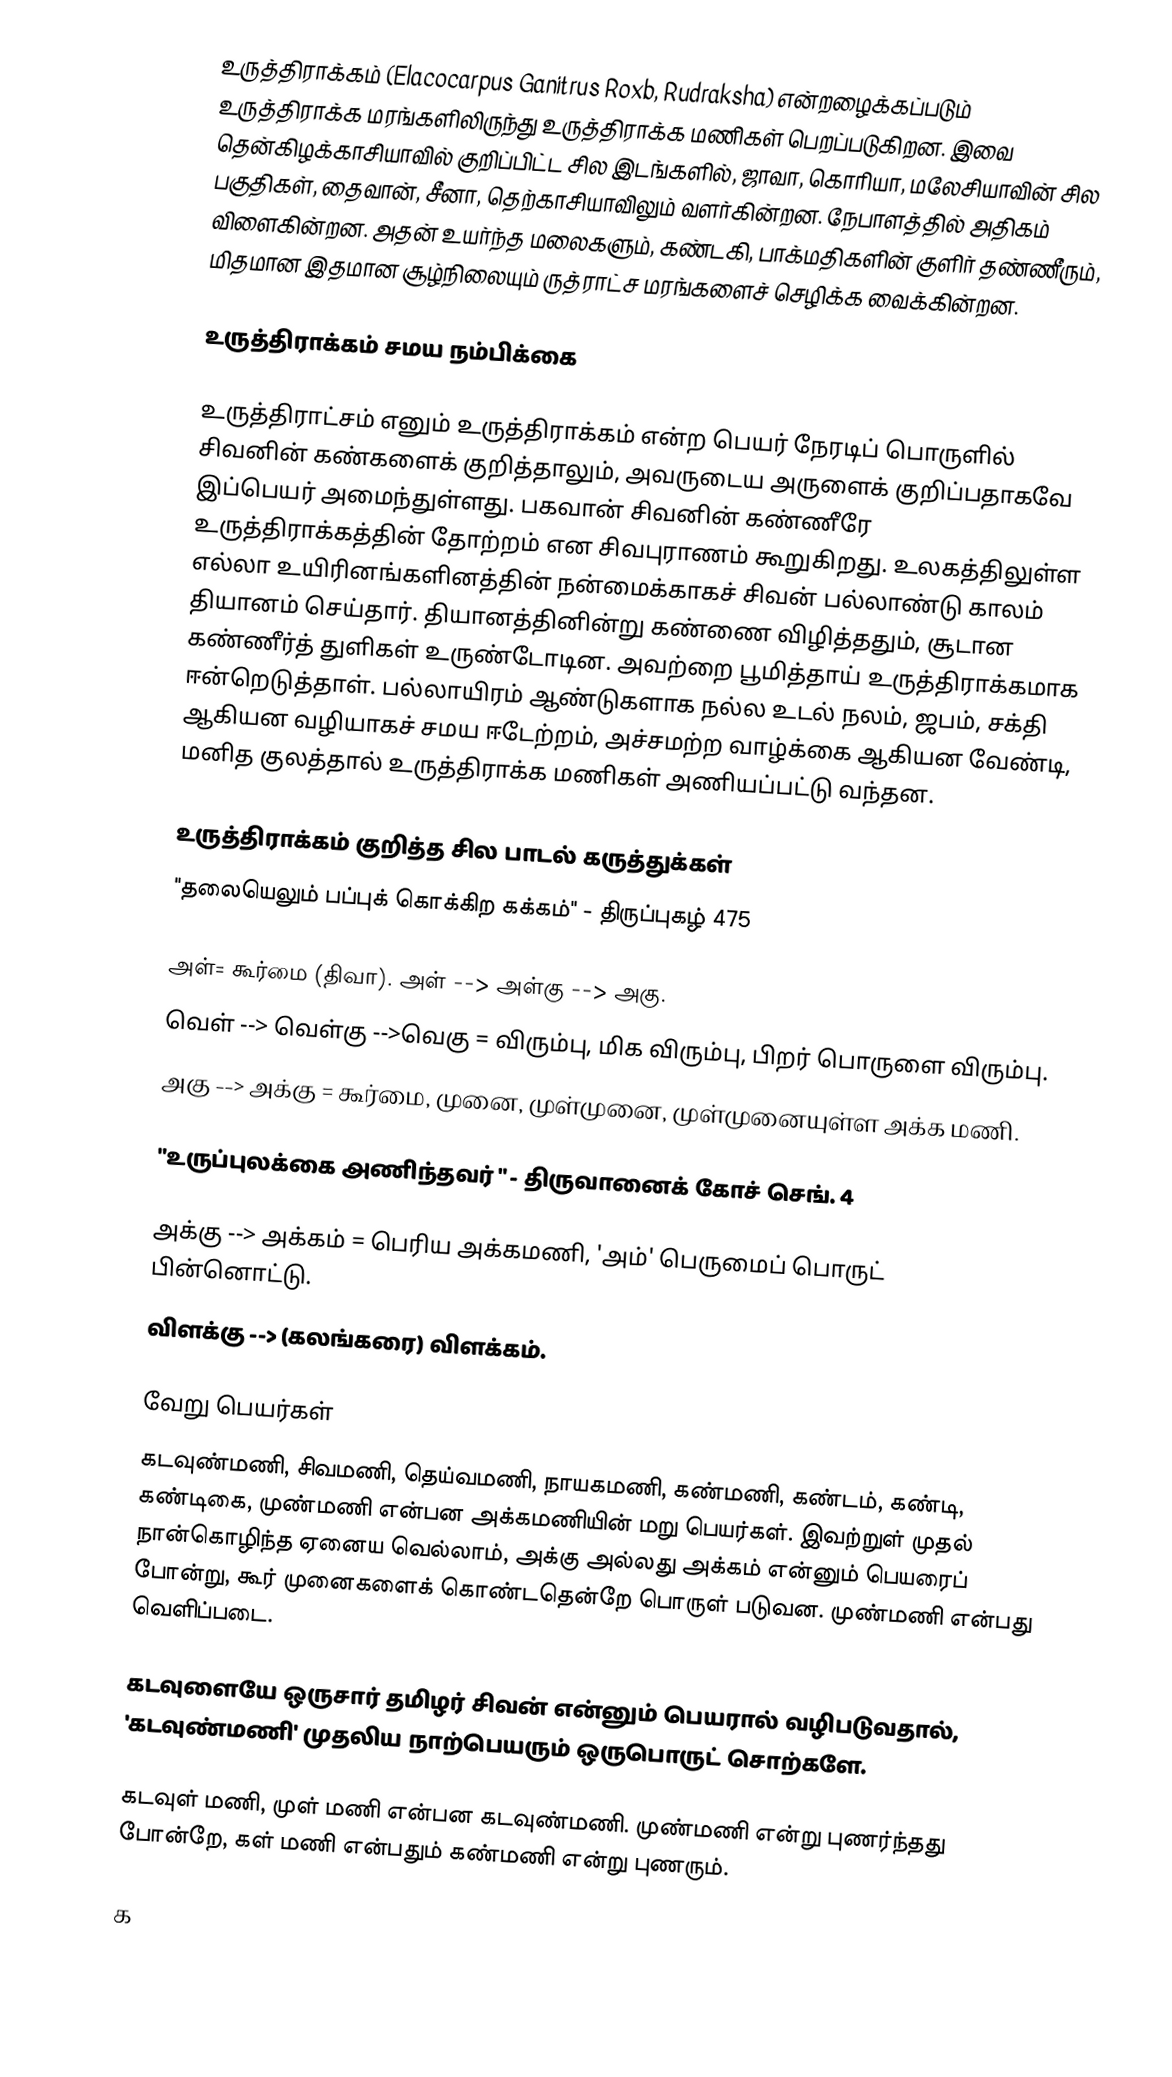
உருத்திராக்கம் (Elacocarpus Ganitrus Roxb, Rudraksha) என்றழைக்கப்படும் உருத்திராக்க மரங்களிலிருந்து உருத்திராக்க மணிகள் பெறப்படுகிறன. இவை தென்கிழக்காசியாவில் குறிப்பிட்ட சில இடங்களில், ஜாவா, கொரியா, மலேசியாவின் சில பகுதிகள், தைவான், சீனா, தெற்காசியாவிலும் வளர்கின்றன. நேபாளத்தில் அதிகம் விளைகின்றன. அதன் உயர்ந்த மலைகளும், கண்டகி, பாக்மதிகளின் குளிர் தண்ணீரும், மிதமான இதமான சூழ்நிலையும் ருத்ராட்ச மரங்களைச் செழிக்க வைக்கின்றன.

உருத்திராக்கம் சமய நம்பிக்கை

உருத்திராட்சம் எனும் உருத்திராக்கம் என்ற பெயர் நேரடிப் பொருளில் சிவனின் கண்களைக் குறித்தாலும், அவருடைய அருளைக் குறிப்பதாகவே இப்பெயர் அமைந்துள்ளது. பகவான் சிவனின் கண்ணீரே உருத்திராக்கத்தின் தோற்றம் என சிவபுராணம் கூறுகிறது. உலகத்திலுள்ள எல்லா உயிரினங்களினத்தின் நன்மைக்காகச் சிவன் பல்லாண்டு காலம் தியானம் செய்தார். தியானத்தினின்று கண்ணை விழித்ததும், சூடான கண்ணீர்த் துளிகள் உருண்டோடின. அவற்றை பூமித்தாய் உருத்திராக்கமாக ஈன்றெடுத்தாள். பல்லாயிரம் ஆண்டுகளாக நல்ல உடல் நலம், ஜபம், சக்தி ஆகியன வழியாகச் சமய ஈடேற்றம், அச்சமற்ற வாழ்க்கை ஆகியன வேண்டி, மனித குலத்தால் உருத்திராக்க மணிகள் அணியப்பட்டு வந்தன.

உருத்திராக்கம் குறித்த சில பாடல் கருத்துக்கள்
"தலையெலும் பப்புக் கொக்கிற கக்கம்" - திருப்புகழ் 475

 அள்= கூர்மை (திவா). அள் --> அள்கு --> அகு.
 வெள் --> வெள்கு -->வெகு = விரும்பு, மிக விரும்பு, பிறர் பொருளை விரும்பு.
 அகு --> அக்கு = கூர்மை, முனை, முள்முனை, முள்முனையுள்ள அக்க மணி.

"உருப்புலக்கை அணிந்தவர் " - திருவானைக் கோச் செங். 4

 அக்கு --> அக்கம் = பெரிய அக்கமணி, 'அம்' பெருமைப் பொருட் பின்னொட்டு.
 விளக்கு --> (கலங்கரை) விளக்கம்.

வேறு பெயர்கள்
கடவுண்மணி, சிவமணி, தெய்வமணி, நாயகமணி, கண்மணி, கண்டம், கண்டி, கண்டிகை, முண்மணி என்பன அக்கமணியின் மறு பெயர்கள். இவற்றுள் முதல் நான்கொழிந்த ஏனைய வெல்லாம், அக்கு அல்லது அக்கம் என்னும் பெயரைப் போன்று, கூர் முனைகளைக் கொண்டதென்றே பொருள் படுவன. முண்மணி என்பது வெளிப்படை.

கடவுளையே ஒருசார் தமிழர் சிவன் என்னும் பெயரால் வழிபடுவதால், 'கடவுண்மணி' முதலிய நாற்பெயரும் ஒருபொருட் சொற்களே.

கடவுள் மணி, முள் மணி என்பன கடவுண்மணி. முண்மணி என்று புணர்ந்தது போன்றே, கள் மணி என்பதும் கண்மணி என்று புணரும்.

 க